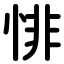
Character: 悱